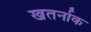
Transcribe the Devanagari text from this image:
खतर्नाक